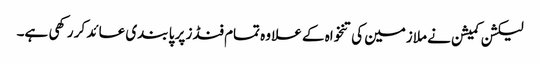
لیکشن کمیشن نے ملازمین کی تنخواہ کے علا وہ تمام فنڈز پر پا بندی عائد کر رکھی ہے۔